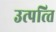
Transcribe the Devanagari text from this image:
उत्पत्‍ति